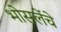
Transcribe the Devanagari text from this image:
भोसलेंचे